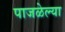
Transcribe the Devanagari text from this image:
पाजळेल्या